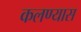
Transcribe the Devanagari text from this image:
कलण्यास